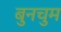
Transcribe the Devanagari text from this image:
बुनचुम